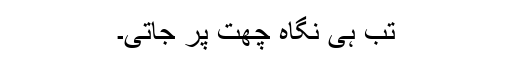
تب ہی نگاہ چھت پر جاتی۔